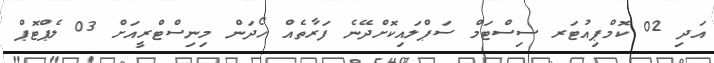
އަދި 02 ކޮމްޕިއުޓަރ ސިސްޓަމް ސަޕްލައިކޮށްދޭނެ ފަރާތެއް ހޯދަން މިނިސްޓްރީއަށް 03 ލެޕްޓޮޕް